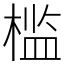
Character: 槛